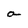
Character: a